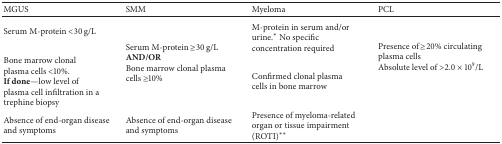
<table><thead><tr><td><b>MGUS</b></td><td><b>SMM</b></td><td><b>Myeloma</b></td><td><b>PCL</b></td></tr></thead><tbody><tr><td>Serum M-protein &lt;30 g/L</td><td rowspan="2">Serum M-protein ≥30 g/L<b>AND/OR</b> Bone marrow clonal plasma cells ≥10%</td><td>M-protein in serum and/or urine.* No specific concentration required</td><td rowspan="2">Presence of ≥20% circulating plasma cells Absolute level of &gt;2.0 × 10<sup>9</sup>/L</td></tr><tr><td>Bone marrow clonal plasma cells &lt;10%. <b>If done</b>—low level of plasma cell infiltration in a trephine biopsy </td><td>Confirmed clonal plasma cells in bone marrow </td></tr><tr><td>Absence of end-organ disease and symptoms</td><td>Absence of end-organ disease and symptoms</td><td>Presence of myeloma-related organ or tissue impairment (ROTI)**</td><td> </td></tr></tbody></table>